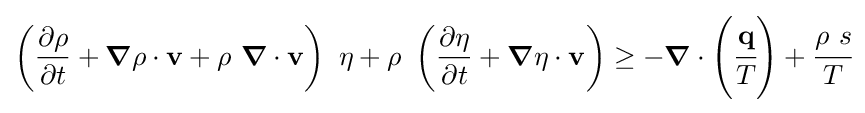
\left({\frac {\partial \rho }{\partial t}}+{\boldsymbol {\nabla }}\rho \cdot \mathbf {v} +\rho ~{\boldsymbol {\nabla }}\cdot \mathbf {v} \right)~\eta +\rho ~\left({\frac {\partial \eta }{\partial t}}+{\boldsymbol {\nabla }}\eta \cdot \mathbf {v} \right)\geq -{\boldsymbol {\nabla }}\cdot \left({\cfrac {\mathbf {q} }{T}}\right)+{\cfrac {\rho ~s}{T}}